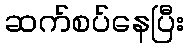
ဆက်စပ်နေပြီး